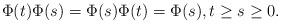
LaTeX: \begin{align*}\Phi(t)\Phi(s)=\Phi(s)\Phi(t)=\Phi(s), t\geq s\geq 0.\end{align*}